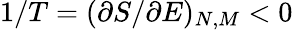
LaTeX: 1/T=(\partial S/\partial E)_{N,M}<0